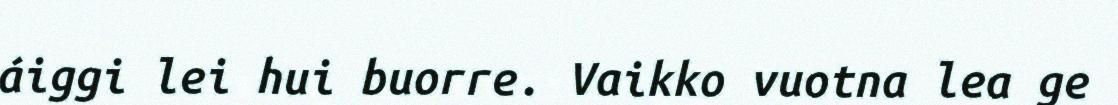
áiggi lei hui buorre. Vaikko vuotna lea ge